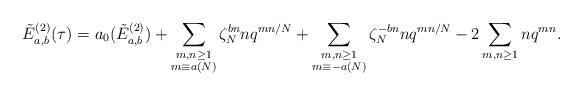
LaTeX: \begin{align*}\tilde{E}^{(2)}_{a,b}(\tau) = a_0(\tilde{E}^{(2)}_{a,b}) + \sum_{\substack{m,n\geq 1 \\ m \equiv a (N)}} \zeta_N^{bn} n q^{mn/N} + \sum_{\substack{m,n\geq 1 \\ m \equiv -a (N)}} \zeta_N^{-bn} n q^{mn/N} - 2 \sum_{m,n\geq 1} n q^{mn}.\end{align*}